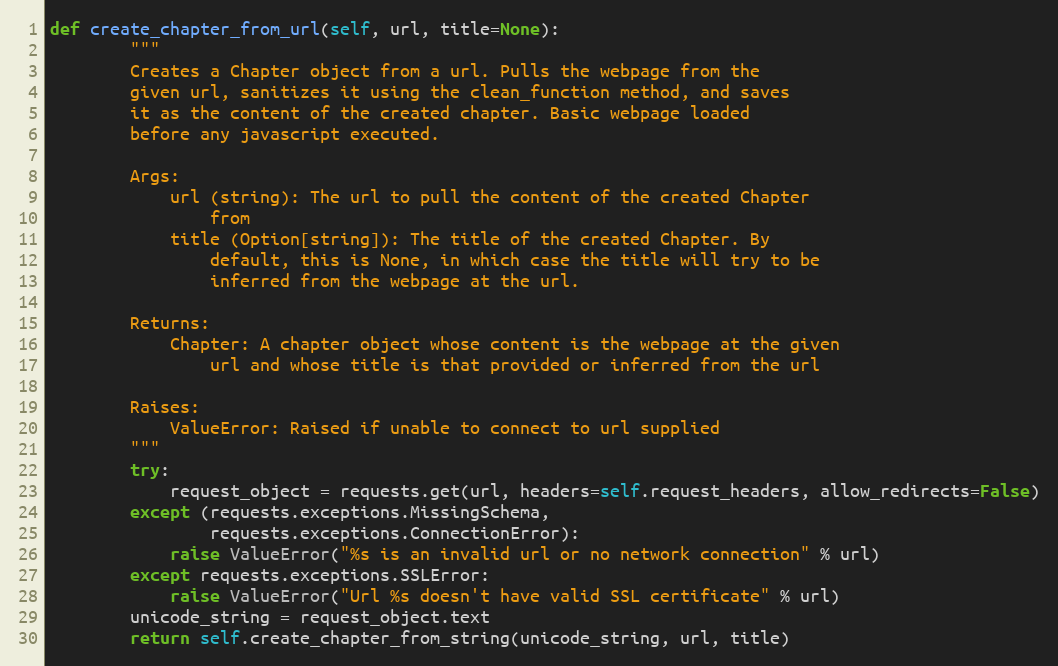
Language: Python
def create_chapter_from_url(self, url, title=None):
        """
        Creates a Chapter object from a url. Pulls the webpage from the
        given url, sanitizes it using the clean_function method, and saves
        it as the content of the created chapter. Basic webpage loaded
        before any javascript executed.

        Args:
            url (string): The url to pull the content of the created Chapter
                from
            title (Option[string]): The title of the created Chapter. By
                default, this is None, in which case the title will try to be
                inferred from the webpage at the url.

        Returns:
            Chapter: A chapter object whose content is the webpage at the given
                url and whose title is that provided or inferred from the url

        Raises:
            ValueError: Raised if unable to connect to url supplied
        """
        try:
            request_object = requests.get(url, headers=self.request_headers, allow_redirects=False)
        except (requests.exceptions.MissingSchema,
                requests.exceptions.ConnectionError):
            raise ValueError("%s is an invalid url or no network connection" % url)
        except requests.exceptions.SSLError:
            raise ValueError("Url %s doesn't have valid SSL certificate" % url)
        unicode_string = request_object.text
        return self.create_chapter_from_string(unicode_string, url, title)